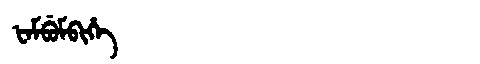
Manchu: ᡶᠠᠮᠪᡠᠮᠪᡳᡥᡝ
Romanization: FAMBUMBIHE